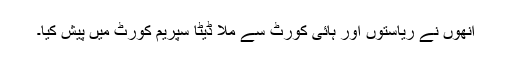
انھوں نے ریاستوں اور ہائی کورٹ سے ملا ڈیٹا سپریم کورٹ میں پیش کیا۔